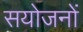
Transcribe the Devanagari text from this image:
सयोजनों